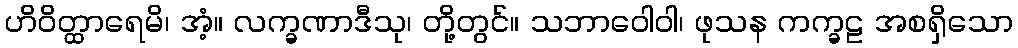
ဟိဝိတ္ထာရေမိ၊ အံ့။ လက္ခဏာဒီသု၊ တို့တွင်။ သဘာဝေါဝါ၊ ဖုသန ကက္ခဠ အစရှိသော